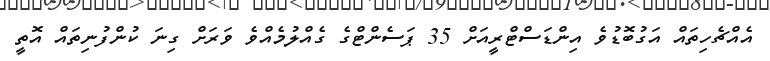
އެއްޗެހިތައް އަގުބޮޑުވެ އިންޑަސްޓްރީއަށް 35 ޕަސެންޓްގެ ގެއްލުމެއްވެ ވަރަށް ގިނަ ކުންފުނިތައް އޮތީ